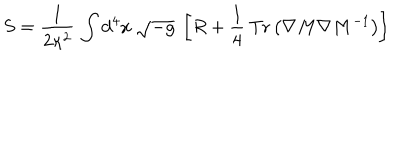
S = { \frac { 1 } { 2 \kappa ^ { 2 } } } \, \int { \mathrm { d ^ { 4 } } } x \ \sqrt { - g } \ \left[ { R } + \frac { 1 } { 4 } \: { \mathrm { T r } } \left( { \nabla } M { \nabla } M ^ { - 1 } \right) \right]